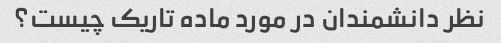
نظر دانشمندان در مورد ماده تاریک چیست؟